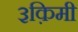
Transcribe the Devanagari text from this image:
३क़िमी